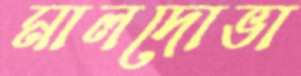
মালদোভা